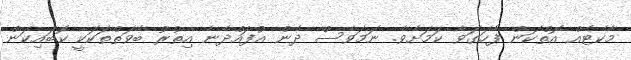
މާކެޓެއް އޮތްކަން ފާހަގަވާ ކަމަށެވެ. ނަމަވެސް ދެން އުފައްދާނެ އިތުރު ބާވަތްތަކަކީ ކޮބައިކަން